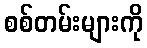
စစ်တမ်းများကို